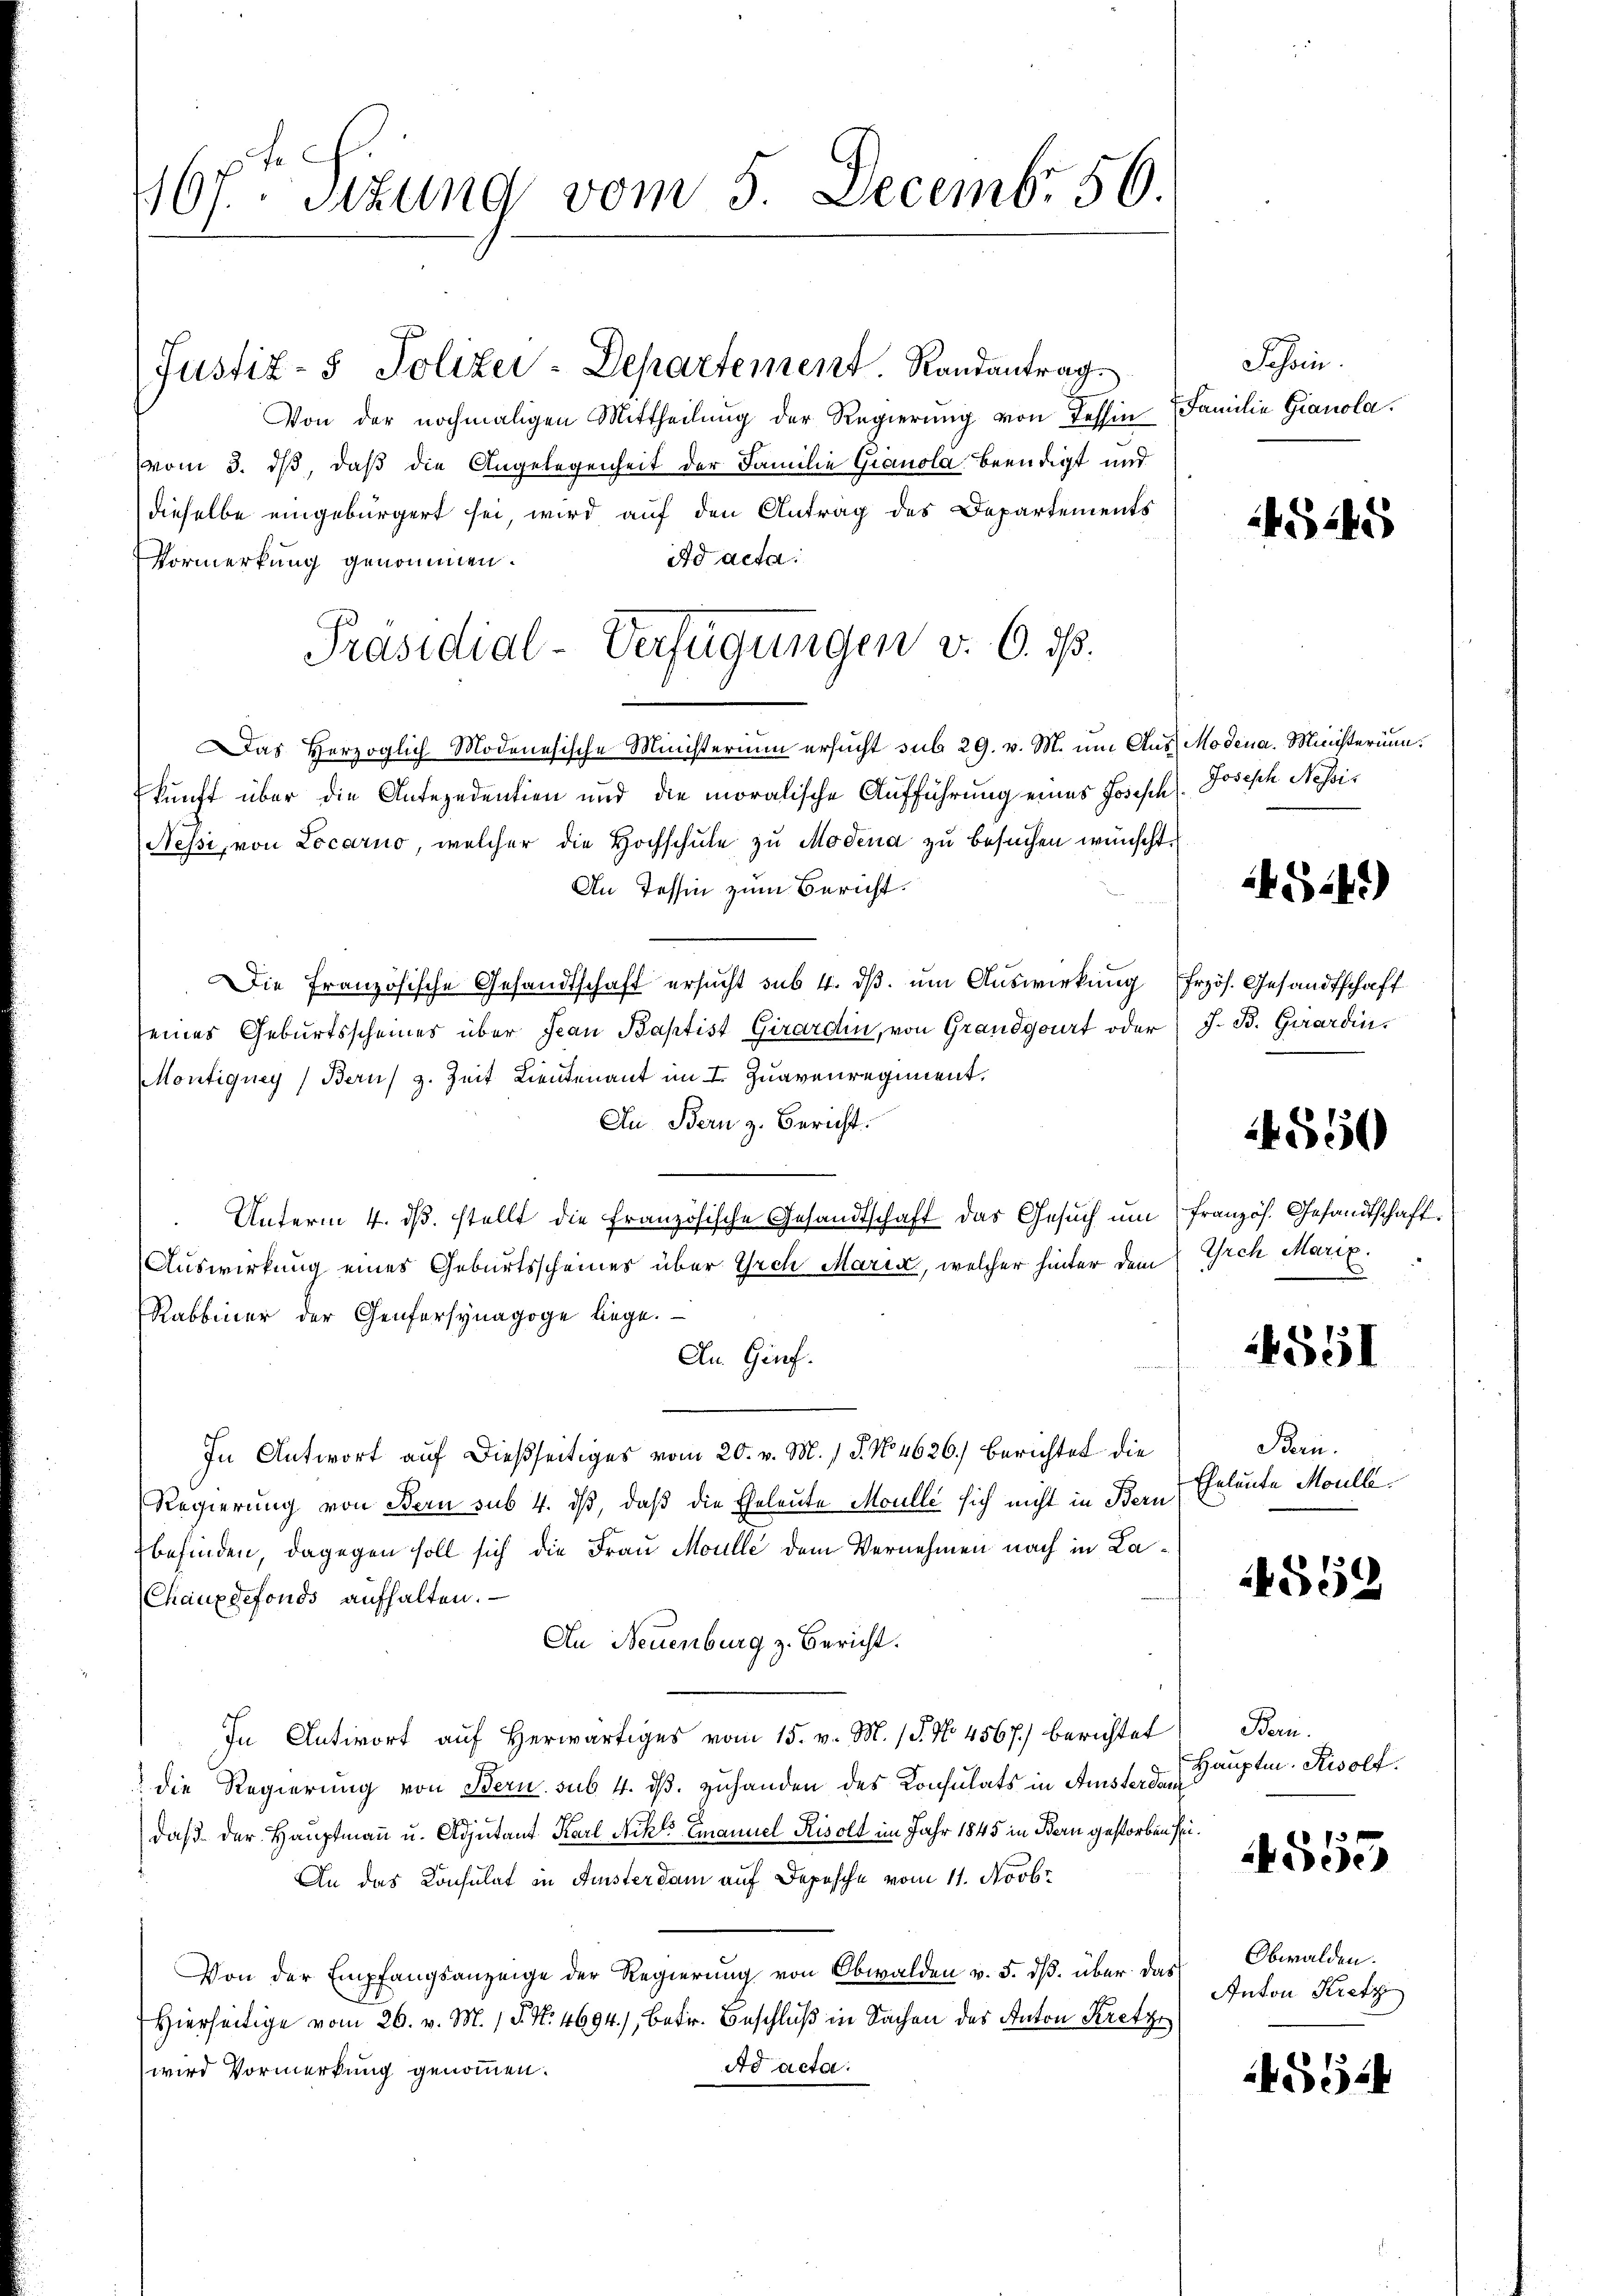
167. Sitzung vom 5. Decemb. 56.

Justiz- & Polizei-Departement. Randantrag
Von der nochmaligen Mittheilŭng der Regierŭng von Tessin Familie Gianola.
vom 3. ds, daß die Angelegenheit der Familie Granola beendigt und
dieselbe eingebürgert sei, wird auf den Antrag des Departements
Ad acta.
Vormerkung genommen.
Das Herzoglich Modenesische Ministerium ersucht sub 29. v. M. um Aus Modena. Ministerium.
kunft über die Antezedentien und die moralische Aufführung eines Josisch
Nessi, von Locarno, welcher die Hochschule zu Modena zu besuchen wünscht.
An Tessin zum Bericht.
Die Französische Gesandtschaft ersucht sub 4. ds. um Auswirkung frzös. Gesandtschaft
seines Geburtsscheines über Jean Baptist Girardin, von Grandgourt oder J. B. Girardin
Montiquey (Beruf z. Zeit Lieutenant im I. Zuavenregiment.
An Bern z. Bericht.
Unterm 4. ds. stellt die Französische Gesandtschaft das Gesuch um französ. Gesandtschaft
Auswirkung eines Geburtsscheines über Irch Maria, welcher hinter dem
Rabbiner der Genfersynagoge liege.
An Genf.
In Antwort auf dießseitiges vom 20. v. M. 18. No 4626.) Berichtet die
Regierung von Bern sub 4. dβ, daß die Eheleute Moulle sich nicht in Bern
befinden, dagegen soll sich die Frau Moulle dem Vernehmen nach in La¬
(Chauxdefonds aufhalten. —
An Neuenburg z. Bericht.
In Antwort auf herwärtiges vom 15. v. M. 18. No. 4567.) berichtet
die Regierung von Bern sub. 4. ds. zuhanden des Konsulats in Amsterdam
daß der Hauptmann u. Adjutant Karl Nikl Emanuel Kisolt im Jahr 1845 in Bern gestorben sei¬
An das Konsulat in Aristerdam auf Depesche vom 11. Novbr
Von der Empfangsanzeige der Regierung von Obwalden v. 5. dß. über das
Hierseitige vom 26. v. M. N. N. 4694., betr. Beschluß in Sachen des Anton Kretze
Ad acta.
wird Vormerkung genommen.

Präsidial-Verfügungen v. 6. d.

Schein.

45245

Joseph Nessis

S.41)

550

Irch Marix.
.

1551

Bern.
Eheleute Moulle.

552

Bern.
Hauptm. Risolf.

4555

Obwalden.
Anton Kretz

5524